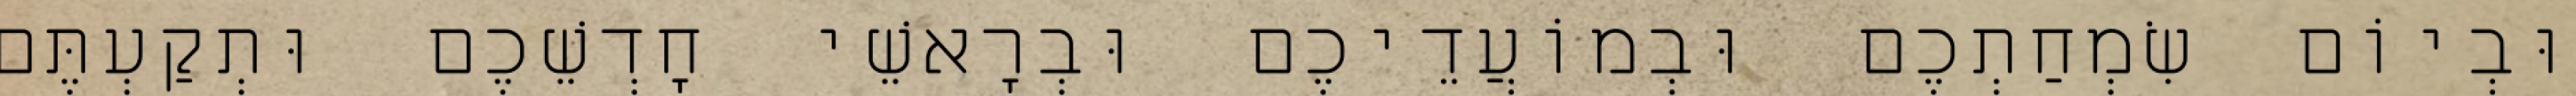
וּבְיוֹם שִׂמְחַתְכֶם וּבְמוֹעֲדֵיכֶם וּבְרָאשֵׁי חָדְשֵׁכֶם וּתְקַעְתֶּם